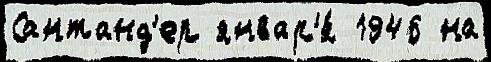
Сантанд'ер январ'я́ 1946 на